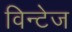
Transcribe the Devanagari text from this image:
विन्टेज